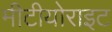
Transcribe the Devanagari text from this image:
मीटीयोराइट